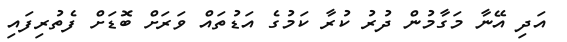
އަދި އޭނާ މަގާމުން ދުރު ކުރާ ކަމުގެ އަޑުތައް ވަރަށް ބޮޑަށް ފެތުރިފައި